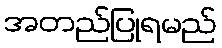
အတည်ပြုရမည်